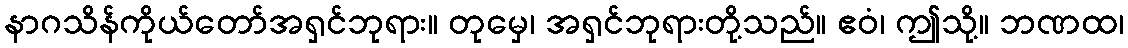
နာဂသိန်ကိုယ်တော်အရှင်ဘုရား။ တုမှေ၊ အရှင်ဘုရားတို့သည်။ ဧဝံ၊ ဤသို့။ ဘဏထ၊